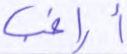
أراغب